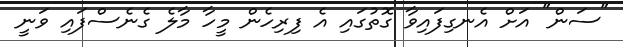
"ސަން" އަށް އެނގިފައިވާ ގޮތުގައި އެ ފިރިހެން މީހާ މާލެ ގެނެސްފައި ވަނީ